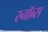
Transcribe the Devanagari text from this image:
स्नॉब्स